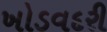
ખોડવદરી